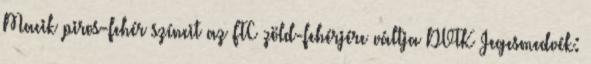
Macik piros-fehér színeit az FTC zöld-fehérjére váltja DVTK Jegesmedvék: